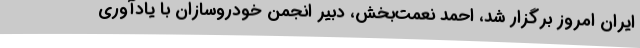
ایران امروز برگزار شد، احمد نعمت‌بخش، دبیر انجمن خودروسازان با یادآوری